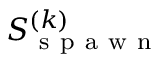
S _ { \mathrm { ~ s ~ p ~ a ~ w ~ n ~ } } ^ { ( k ) }